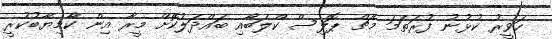
ހަވީރު ކުޅުނު ފުރަތަމަ މެޗް ޕޮލިސް ކްލަބާއި ބައްދަލުކޮށް މީރާ އިން ކާމިޔާބުކުރީ